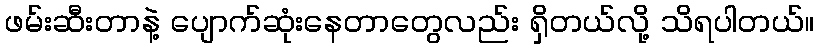
ဖမ်းဆီးတာနဲ့ ပျောက်ဆုံးနေတာတွေလည်း ရှိတယ်လို့ သိရပါတယ်။